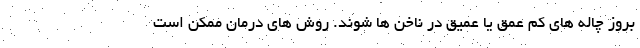
بروز چاله های کم عمق یا عمیق در ناخن ها شوند. روش های درمان ممکن است